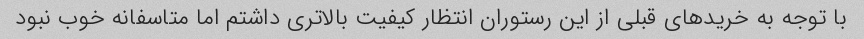
با توجه به خرید‌های قبلی از این رستوران انتظار کیفیت بالاتری داشتم اما متاسفانه خوب نبود